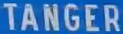
TANGER